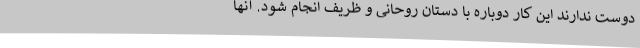
دوست ندارند این کار دوباره با دستان روحانی و ظریف انجام شود. آنها